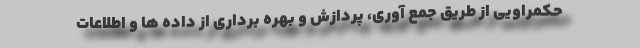
حکمراویی از طریق جمع آوری، پردازش و بهره برداری از داده ها و اطلاعات